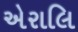
એરાલિ